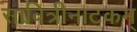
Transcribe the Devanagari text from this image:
सावित्रीनाटकम्